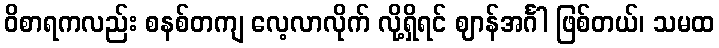
ဝိစာရကလည်း စနစ်တကျ လေ့လာလိုက် လို့ရှိရင် ဈာန်အင်္ဂါ ဖြစ်တယ်၊ သမထ